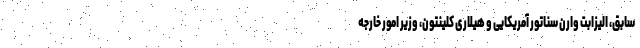
سابق، الیزابت وارن سناتور آمریکایی و هیلاری کلینتون، وزیر امور خارجه